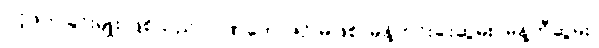
ပင့်ဖိတ်ခြင်းမျိုး ဖြစ်သည်။ ဂဏဘောဇဉ် မဖြစ်၊ မုန့်ဟင်းခါးဆွမ်း, မုန့်တီဆွမ်း,